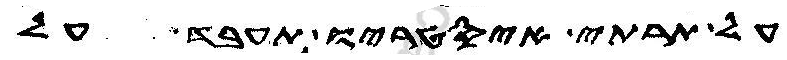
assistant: על תרתי איסטריו תעבד על